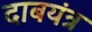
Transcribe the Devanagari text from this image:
दाबयंत्र